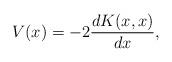
LaTeX: \begin{align*} V(x)=-2\frac{dK(x,x)}{dx},\end{align*}